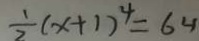
\frac { 1 } { 2 } ( x + 1 ) ^ { 4 } = 6 4